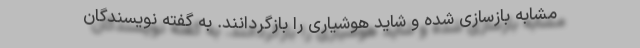
مشابه بازسازی شده و شاید هوشیاری را بازگردانند. به گفته نویسندگان